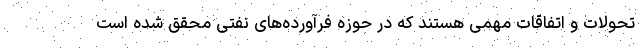
تحولات و اتفاقات مهمی هستند که در حوزه فرآورده‌های نفتی محقق شده است